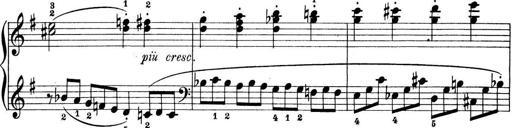
Title: Preis-Sonatine
Composer: Ernst James Bremner